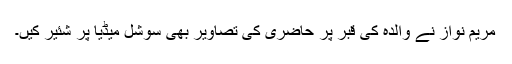
مریم نواز نے والدہ کی قبر پر حاضری کی تصاویر بھی سوشل میڈیا پر شئیر کیں۔